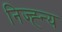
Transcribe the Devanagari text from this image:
निज्ह्न्य